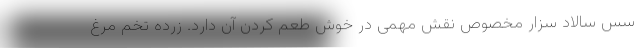
سس سالاد سزار مخصوص نقش مهمی در خوش طعم کردن آن دارد. زرده تخم مرغ